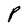
Character: P